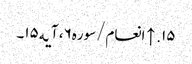
۱۵. ↑ انعام/سوره۶، آیه۱۵۔